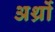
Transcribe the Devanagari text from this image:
अर्थ्रो